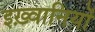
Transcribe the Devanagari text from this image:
इख़्वानियों